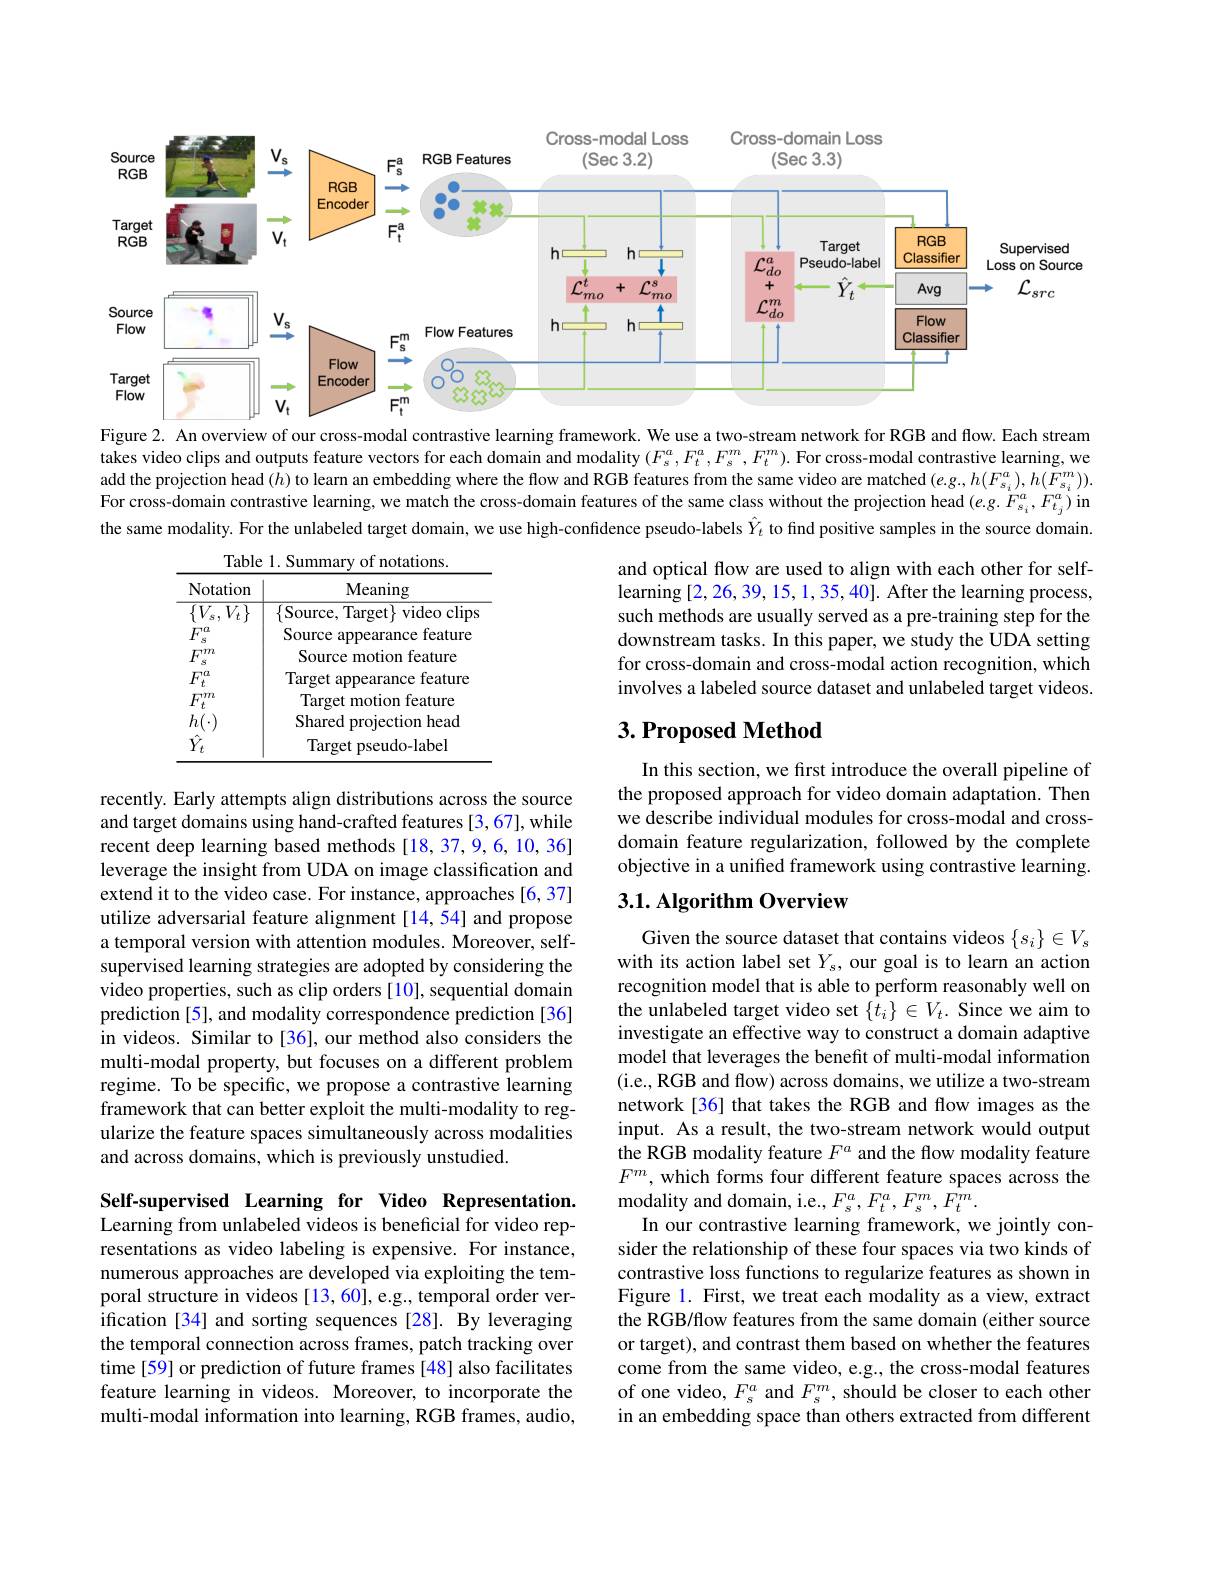
<FigureHere>

Figure 2. An overview of our cross-modal contrastive learning framework. We use a two-stream network for RGB and flow. Each stream takes video clips and outputs feature vectors for each domain and modality $(F_s^a,F_t^a,F_s^m,F_t^m).$ For cross-modal contrastive learning, we add the projection head $(h)$ to learn an embedding where the flow and RGB features from the same video are matched $(e.g,h(F_{s_i}^a),h(F_{s_i}^m)).$ For cross-domain contrastive learning, we match the cross-domain features of the same class without the projection head $(e.g.F_{s_i}^{a},F_{t_j}^{a})$ in the same modality. For the unlabeled target domain, we use high-confidence pseudo-labels $\hat{Y}_t$ to find positive samples in the source domain.

Table 1. Summary of notations.
<table>
	<tbody>
		<tr>
			<th>Notation</th>
			<th>Meaning</th>
		</tr>
		<tr>
			<td>$V_{t}$ 117</td>
			<td>$\{$Source, Target$\}$ ${\mathrm{video~clips}}$</td>
		</tr>
		<tr>
			<td>$F$ $1a$ S</td>
			<td>Source appearance feature</td>
		</tr>
		<tr>
			<td>$F$ $\daleth77n$ S</td>
			<td>Source motion feature</td>
		</tr>
		<tr>
			<td>$F_{t}$ 117</td>
			<td>Target appearance feature</td>
		</tr>
		<tr>
			<td>772</td>
			<td>Target motion feature</td>
		</tr>
		<tr>
			<td>$h($</td>
			<td>Shared projection head</td>
		</tr>
		<tr>
			<td>$\hat{Y}_{t}$</td>
			<td>Target pseudo-label</td>
		</tr>
	</tbody>
</table>

and optical flow are used to align with each other for self- $\hat{\text{learning [2,26,39, 15, 1, 35, 40]. After the learning process,}}$ such methods are usually served as a pre-training step for the downstream tasks. In this paper, we study the UDA setting for cross-domain and cross-modal action recognition, which involves a labeled source dataset and unlabeled target videos.

## $3. \textbf{Proposed Method}$

In this section, we fırst introduce the overall pipeline of the proposed approach for video domain adaptation. Then we describe individual modules for cross-modal and crossdomain feature regularization, followed by the complete objective in a unified framework using contrastive learning.

## $3. 1. \textbf{Algorithm Overview}$

recently. Early attempts align distributions across the source and target domains using hand-crafted features [3,67], while recent deep learning based methods [18,37,9,6,10,36] leverage the insight from UDA on image classification and extend it to the video case. For instance, approaches [6, 37] utilize adversarial feature alignment [14,54] and propose a temporal version with attention modules. Moreover, selfsupervised learning strategies are adopted by considering the video properties, such as clip orders [10], sequential domain prediction [5], and modality correspondence prediction [36] in videos. Similar to[36], our method also considers the multi-modal property, but focuses on a different problem regime. To be specific, we propose a contrastive learning framework that can better exploit the multi-modality to regularize the feature spaces simultaneously across modalities and across domains, which is previously unstudied.

Given the source dataset that contains videos $\{s_i\}\in V_s$ with its action label set $Y_s$, our goal is to learn an action recognition model that is able to perform reasonably well on the unlabeled target video set $\{t_i\}\in V_t.$ Since we aim to investigate an effective way to construct a domain adaptive model that leverages the benefit of multi-modal information (i.e., RGB and flow) across domains, we utilize a two-stream network[36] that takes the RGB and flow images as the input. As a result, the two-stream network would output the RGB modality feature $F^a$ and the flow modality feature $F^m$, which forms four different feature spaces across the modality and domain, i.e., $F_{s}^{a},F_{t}^{a},F_{s}^{m},F_{t}^{m}.$
In our contrastive learning framework, we jointly consider the relationship of these four spaces via two kinds of contrastive loss functions to regularize features as shown in Figure 1. First, we treat each modality as a view, extract the RGB/flow features from the same domain (either source or target), and contrast them based on whether the features come from the same video, e.g., the cross-modal features of one video, $F_s^a$ and $F_s^m$, should be closer to each other in an embedding space than others extracted from different

Self-supervised Learning for Video Representation. Learning from unlabeled videos is beneficial for video representations as video labeling is expensive. For instance, numerous approaches are developed via exploiting the temporal structure in videos [13,60], e.g., temporal order verification [34] and sorting sequences [28]. By leveraging the temporal connection across frames, patch tracking over time[59] or prediction of future frames [48] also facilitates feature learning in videos. Moreover, to incorporate the multi-modal information into learning, RGB frames, audio,